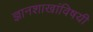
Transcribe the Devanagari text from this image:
ज्ञानशाखांविषयी